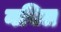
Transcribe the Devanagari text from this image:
नबिल